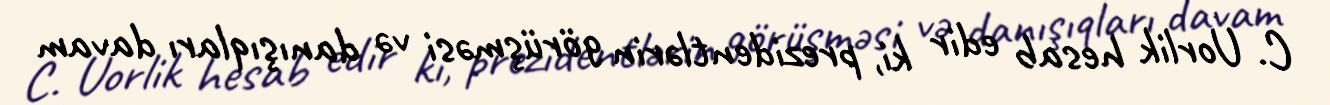
C. Uorlik hesab edir ki, prezidentlərin görüşməsi və danışıqları davam